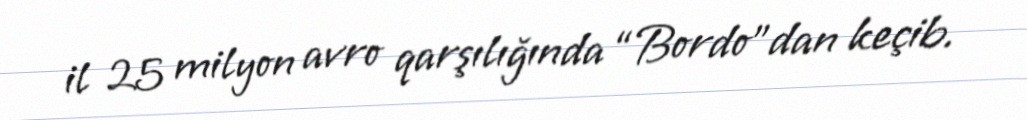
il 25 milyon avro qarşılığında “Bordo”dan keçib.